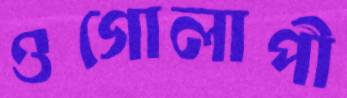
ওগোলাপী